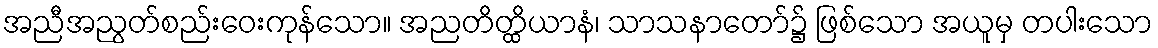
အညီအညွတ်စည်းဝေးကုန်သော။ အညတိတ္ထိယာနံ၊ သာသနာတော်၌ ဖြစ်သော အယူမှ တပါးသော